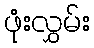
ဖုံးလွှမ်း